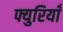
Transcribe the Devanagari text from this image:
फ्युरियाँ